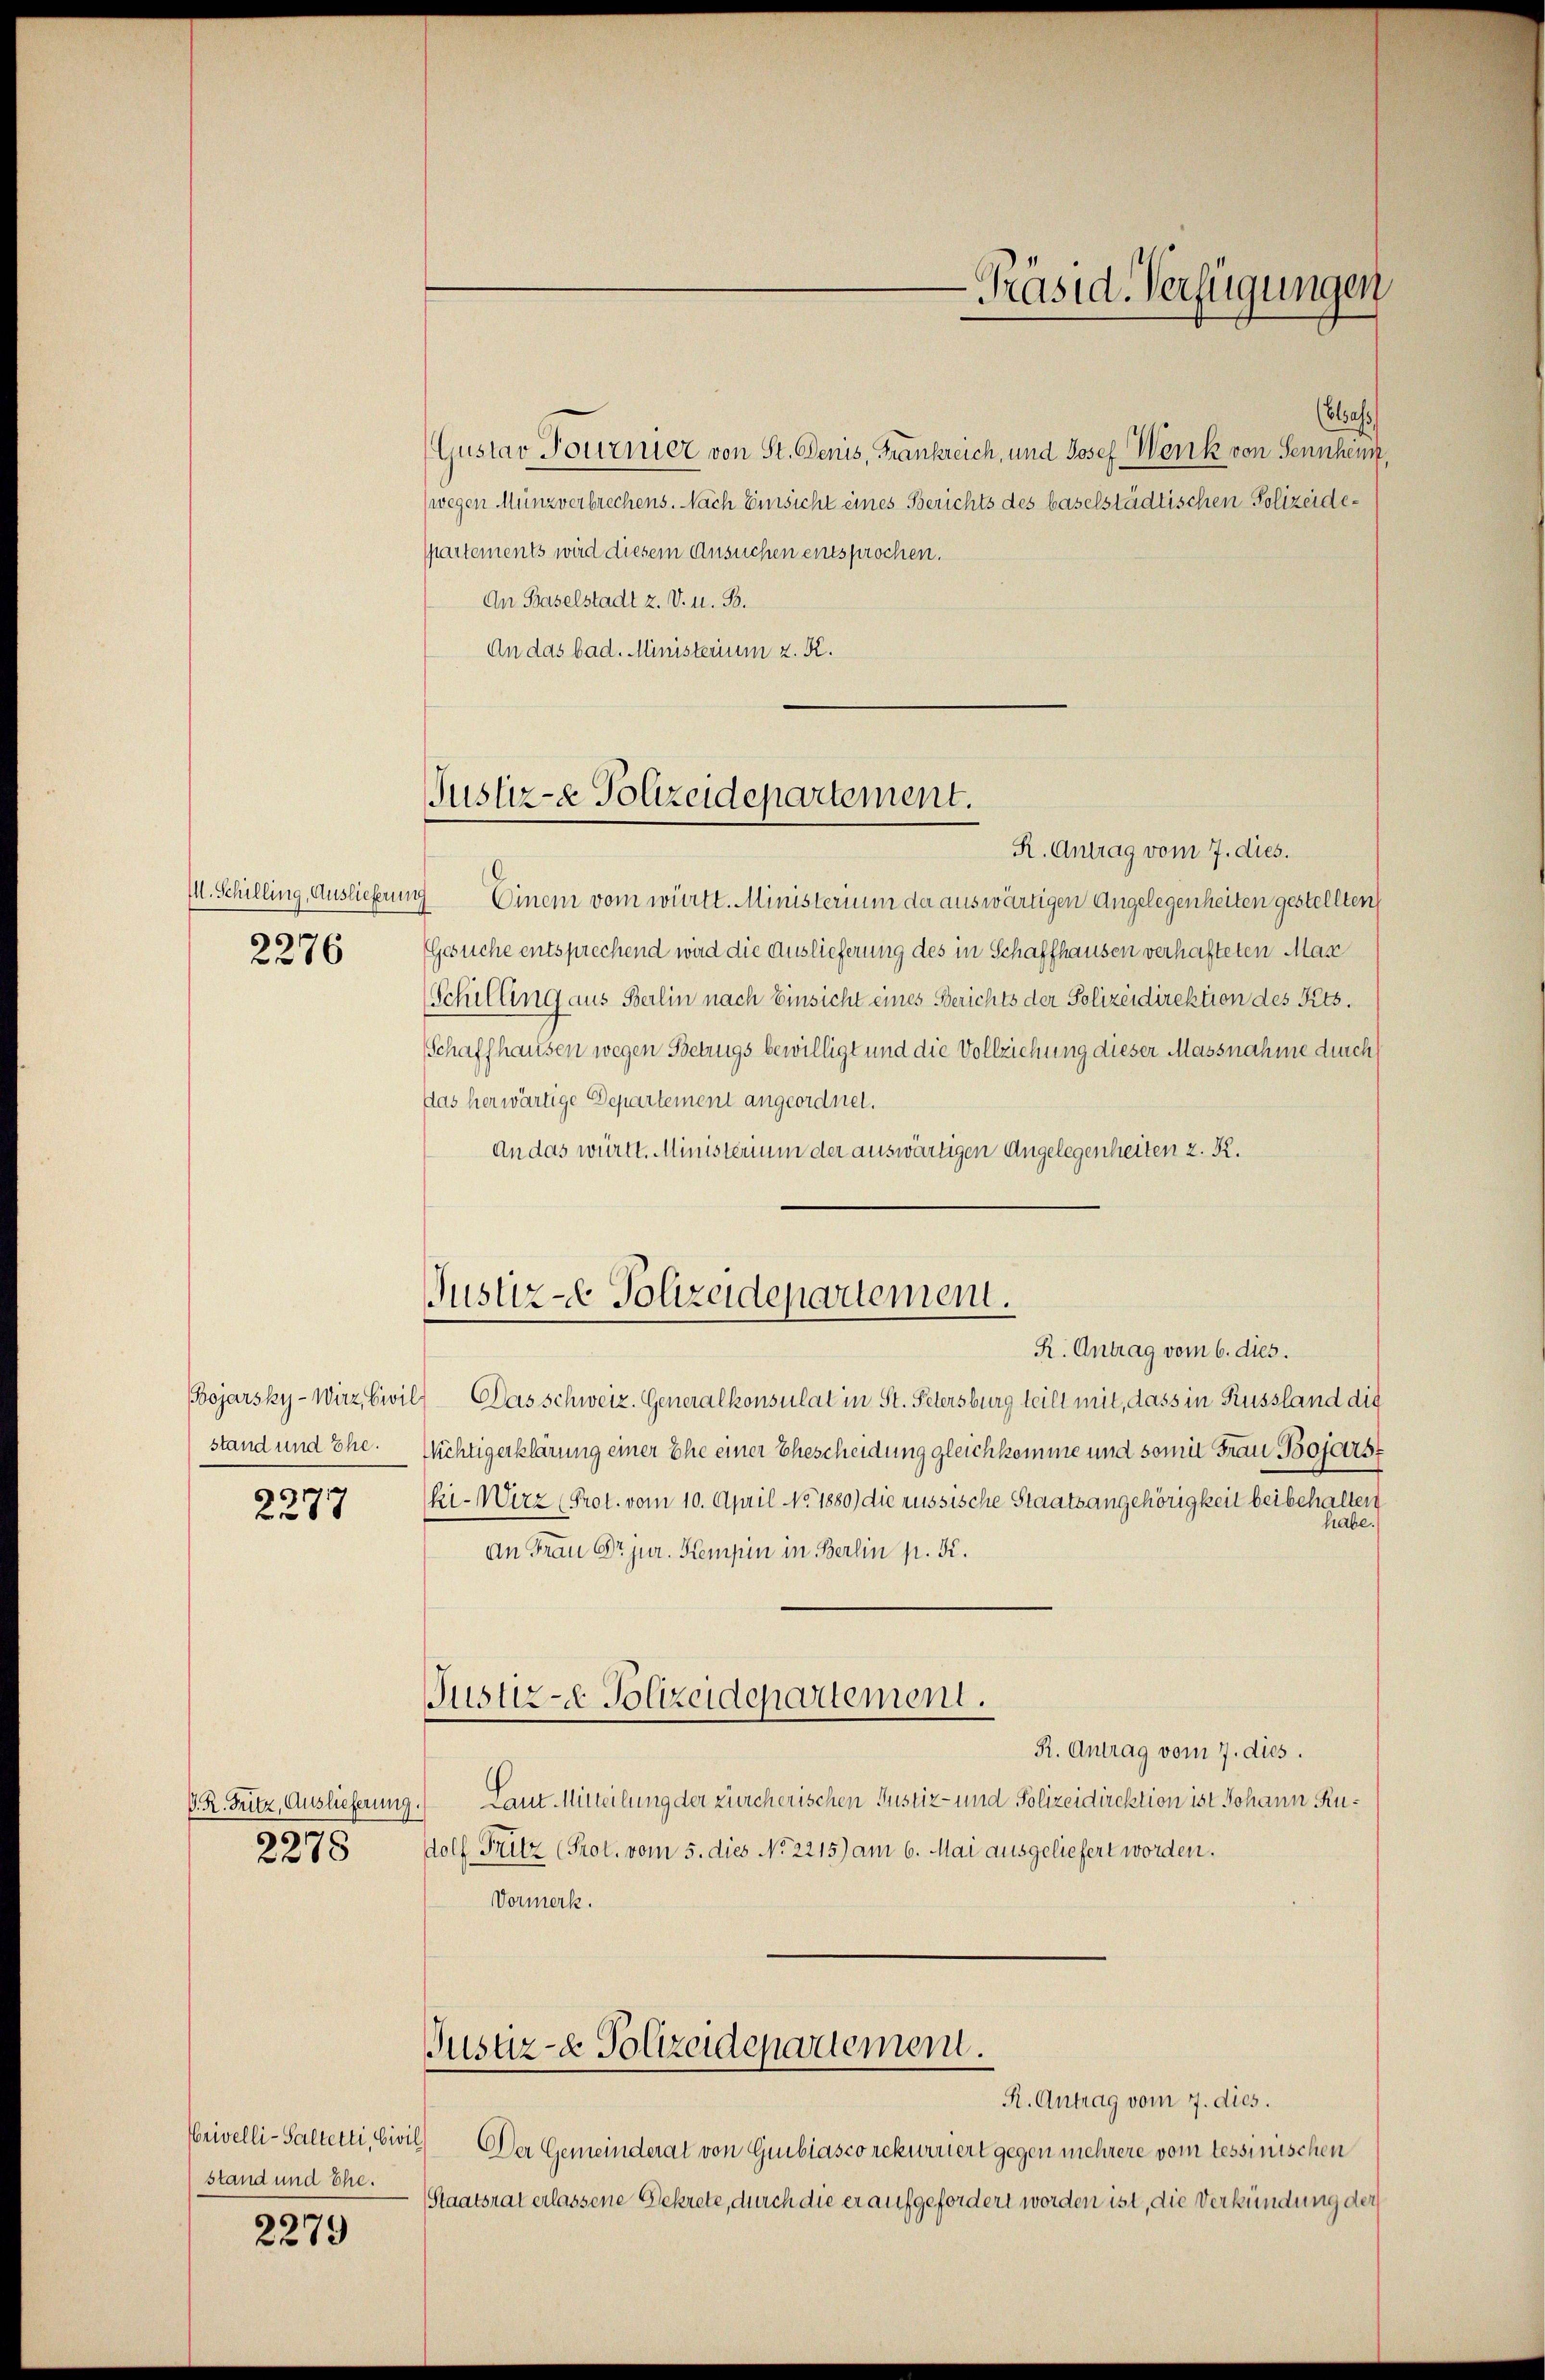
M. Schilling, Auslieferen
2276

Bojarsky-Wirz, Civi
stand und Ehe.

2277

D. R. Fritz, Auslieferung.
2278

rivelli-Saltetti, Civi
stand und Ehe.

2279

(blas
Gustav Pournier von St. Denis, Frankreich, und Josef Wenk von Sennheim,
(wegen Münzverbrechens. Nach Einsicht eines Berichts des baselstädtischen Polizeidepartements wird diesem Ansuchen entsprochen.
An Baselstadt z. V. u. B.
An das bad. Ministerium z. K.

Justiz- & Polizeidepartement.

Justiz- Polizeidepartement.

R. Antrag vom 7. dies.
9 Einem vom württ. Ministerium der auswärtigen Angelegenheiten gestellten
Gesuche entsprechend wird die Auslieferung des in Schaffhausen verhafteten Max
Schilling aus Berlin nach Einsicht eines Berichts der Polizeidirektion des Kts.
Schaffhausen wegen Betrugs bewilligt und die Vollziehung dieser Massnahme durch
das herwärtige Departement angeordnet.
An das württ. Ministerium der auswärtigen Angelegenheiten z. R.
R. Antrag vom 6. dies.
 Das schweiz. Generalkonsulat in St. Petersburg teilt mit, dass in Russland die
Wichtigerklärung einer Ehe einer Ehescheidung gleichkomme und somit Frau Bojest
ki-Wirz (Prot. vom 10. April No 1880) die russische Staatsangehörigkeit beibehalten
habe.
An Frau Dr. jur. Kempin in Berlin p. K.
Pustere Polizeidepartement.
R. Antrag vom 7. dies.
 Laut Mitteilung der zürcherischen Justiz- und Polizeidirektion ist Johann Rudolf Fritz (Prot. vom 5. dies No 2215) am 6. Mai ausgeliefert worden.
Vormerk.
Justiz- & Polizeidepartement.
R. Antrag vom 7. dies.
1.) Der Gemeinderat von Guibiasco rekurriert gegen mehrere vom tessinischen
Staatsrat erlassene Gekrete, durch die er aufgefordert worden ist, die Verkündung der

-Präsid. Verfügungen